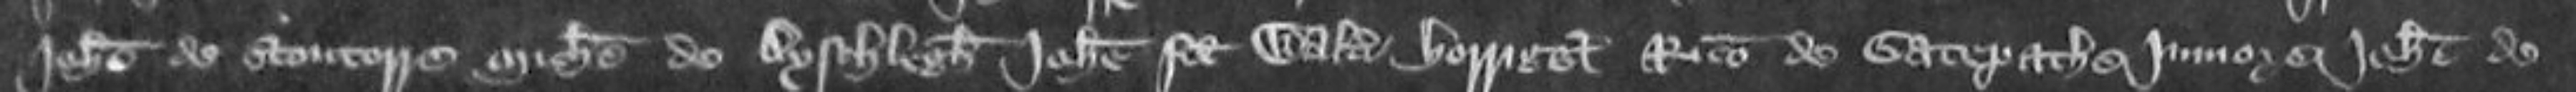
Johanne de Stontorre Michaele de Aysthlegh Johanne filio Walteri Horrigge Ricardo de Gatepathe juniore Johanne de